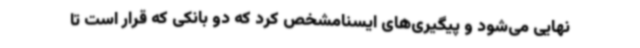
نهایی می‌شود و پیگیری‌های ایسنامشخص کرد که دو بانکی که قرار است تا